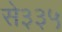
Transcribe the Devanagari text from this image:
से३३५